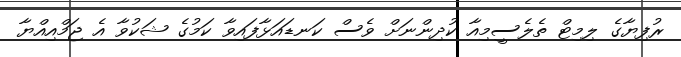
ރުފިޔާގެ ލިމިޓް ތެލެސީމިއާ ކުދިންނަށް ވެސް ކަނޑައަޅާފައިވާ ކަމުގެ ޝަކުވާ އެ ޖަމްއިއްޔާ